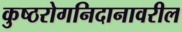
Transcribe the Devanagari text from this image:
कुष्ठरोगनिदानावरील